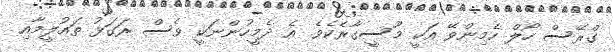
ގްރޭސް ހޯލް ހެމިންވޭ އަކީ މޫސީގާރެކެވެ. އެ ދެމީހުންނަކީ ވެސް ރަގަޅު ތައުލީމާއި